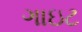
ગાઇટ